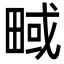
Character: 㽣